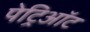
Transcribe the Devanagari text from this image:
पेट्रिऑट